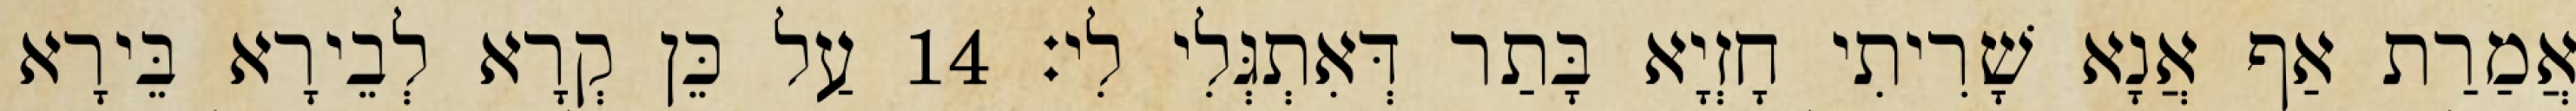
אֲמַרַת אַף אֲנָא שָׁרִיתִי חָזְיָא בָּתַר דְּאִתְגְּלִי לִי׃ 14 עַל כֵּן קְרָא לְבֵירָא בֵּירָא